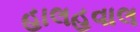
હાલહવાલ